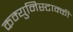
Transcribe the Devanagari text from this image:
कम्युनिस्टाक्की